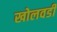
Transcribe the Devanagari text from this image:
खोलवडी